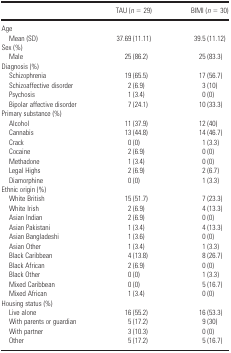
<table><thead><tr><td></td><td><b>TAU (<i>n</i> = 29)</b></td><td><b>BIMI (<i>n</i> = 30)</b></td></tr></thead><tbody><tr><td colspan="3">Age</td></tr><tr><td>Mean (SD)</td><td>37.69 (11.11)</td><td>39.5 (11.12)</td></tr><tr><td colspan="3">Sex (%)</td></tr><tr><td>Male</td><td>25 (86.2)</td><td>25 (83.3)</td></tr><tr><td>Diagnosis (%)</td><td></td><td></td></tr><tr><td>Schizophrenia</td><td>19 (65.5)</td><td>17 (56.7)</td></tr><tr><td>Schizoaffective disorder </td><td>2 (6.9)</td><td>3 (10)</td></tr><tr><td>Psychosis</td><td>1 (3.4)</td><td>0 (0)</td></tr><tr><td>Bipolar affective disorder</td><td>7 (24.1)</td><td>10 (33.3)</td></tr><tr><td colspan="3">Primary substance (%)</td></tr><tr><td>Alcohol</td><td>11 (37.9)</td><td>12 (40)</td></tr><tr><td>Cannabis</td><td>13 (44.8)</td><td>14 (46.7)</td></tr><tr><td>Crack</td><td>0 (0)</td><td>1 (3.3)</td></tr><tr><td>Cocaine</td><td>2 (6.9)</td><td>0 (0)</td></tr><tr><td>Methadone</td><td>1 (3.4)</td><td>0 (0)</td></tr><tr><td>Legal Highs</td><td>2 (6.9)</td><td>2 (6.7)</td></tr><tr><td>Diamorphine</td><td>0 (0)</td><td>1 (3.3)</td></tr><tr><td colspan="3">Ethnic origin (%)</td></tr><tr><td>White British</td><td>15 (51.7)</td><td>7 (23.3)</td></tr><tr><td>White Irish</td><td>2 (6.9)</td><td>4 (13.3)</td></tr><tr><td>Asian Indian</td><td>2 (6.9)</td><td>0 (0)</td></tr><tr><td>Asian Pakistani</td><td>1 (3.4)</td><td>4 (13.3)</td></tr><tr><td>Asian Bangladeshi</td><td>1 (3.6)</td><td>0 (0)</td></tr><tr><td>Asian Other</td><td>1 (3.4)</td><td>1 (3.3)</td></tr><tr><td>Black Caribbean</td><td>4 (13.8)</td><td>8 (26.7)</td></tr><tr><td>Black African</td><td>2 (6.9)</td><td>0 (0)</td></tr><tr><td>Black Other</td><td>0 (0)</td><td>1 (3.3)</td></tr><tr><td>Mixed Caribbean</td><td>0 (0)</td><td>5 (16.7)</td></tr><tr><td>Mixed African</td><td>1 (3.4)</td><td>0 (0)</td></tr><tr><td colspan="3">Housing status (%)</td></tr><tr><td>Live alone</td><td>16 (55.2)</td><td>16 (53.3)</td></tr><tr><td>With parents or guardian</td><td>5 (17.2)</td><td>9 (30)</td></tr><tr><td>With partner</td><td>3 (10.3)</td><td>0 (0)</td></tr><tr><td>Other</td><td>5 (17.2)</td><td>5 (16.7)</td></tr></tbody></table>